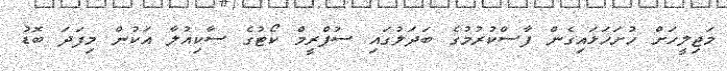
މަޖިލީހަށް ހުށަހަޅައިގެން ފާސްކުރުމުގެ ބަދަލުގައި ސުޕްރީމް ކޯޓުގެ ސާކިއުލާ އަކުން މިފަދަ ބޮޑު